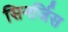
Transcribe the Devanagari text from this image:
सिनर्जिस